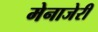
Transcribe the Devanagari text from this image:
मेनाजेरी